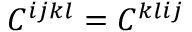
C ^ { i j k l } = C ^ { k l i j }